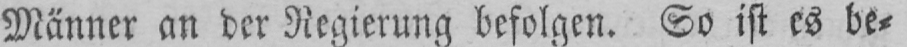
Männer an der Regierung befolgen. So ist es be⸗